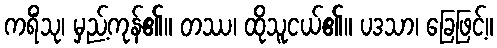
ကရိံသု၊ မှည့်ကုန်၏။ တဿ၊ ထိုသူငယ်၏။ ပဒသာ၊ ခြေဖြင့်။